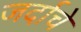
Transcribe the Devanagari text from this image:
जर्दाचे